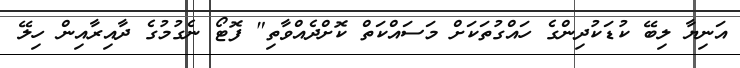
އަނިޔާ ލިބޭ ކުޑަކުދިންގެ ހައްގުތަކަށް މަސައްކަތް ކޮށްދެއްވާތި" ފޮޓޯ ނެގުމުގެ ދާއިރާއިން ހިލޭ